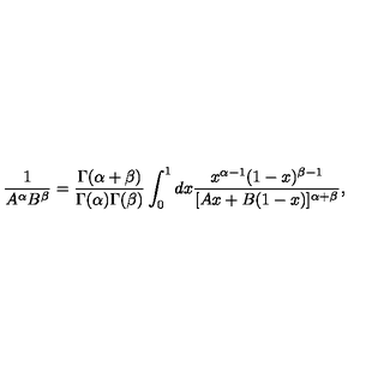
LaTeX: \frac { 1 } { A ^ { \alpha } B ^ { \beta } } = \frac { \Gamma ( \alpha + \beta ) } { \Gamma ( \alpha ) \Gamma ( \beta ) } \int _ { 0 } ^ { 1 } d x \frac { x ^ { \alpha - 1 } ( 1 - x ) ^ { \beta - 1 } } { [ A x + B ( 1 - x ) ] ^ { \alpha + \beta } } ,